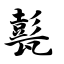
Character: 甏